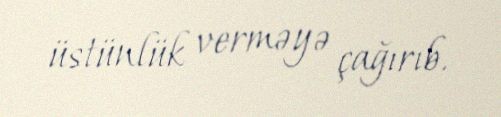
üstünlük verməyə çağırıb.